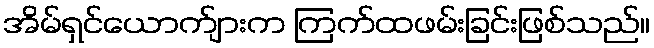
အိမ်ရှင်ယောက်ျားက ကြက်ထဖမ်းခြင်းဖြစ်သည်။